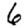
Digit: 6